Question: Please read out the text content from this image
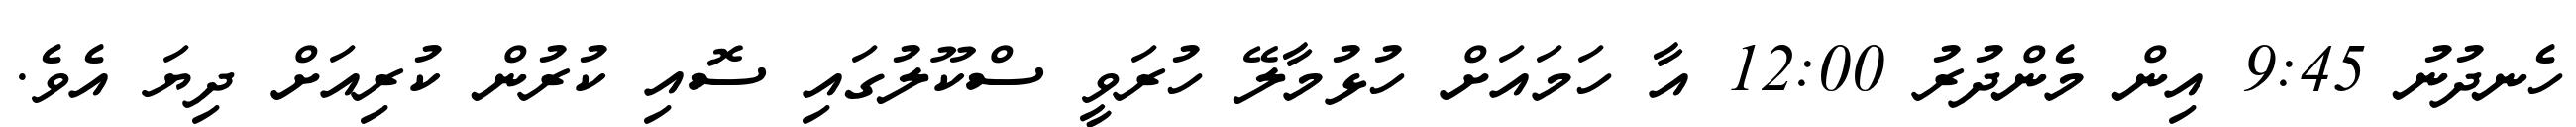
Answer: ހެނދުނު 9:45 އިން މެންދުރު 12:00 އާ ހަމައަށް ހުޅުމާލޭ ހުރަވީ ސްކޫލުގައި ސޮއި ކުރުން ކުރިއަށް ދިޔަ އެވެ.